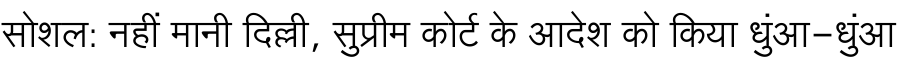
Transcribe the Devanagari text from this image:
सोशल: नहीं मानी दिल्ली, सुप्रीम कोर्ट के आदेश को किया धुंआ-धुंआ